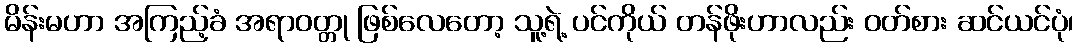
မိန်းမဟာ အကြည့်ခံ အရာဝတ္တု ဖြစ်လေတော့ သူ့ရဲ့ ပင်ကိုယ် တန်ဖိုးဟာလည်း ဝတ်စား ဆင်ယင်ပုံ၊